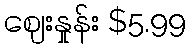
ဈေးနှုန်း $5.99